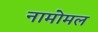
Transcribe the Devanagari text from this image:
नामोमल